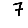
Digit: 7